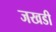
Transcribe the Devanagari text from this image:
जखडी